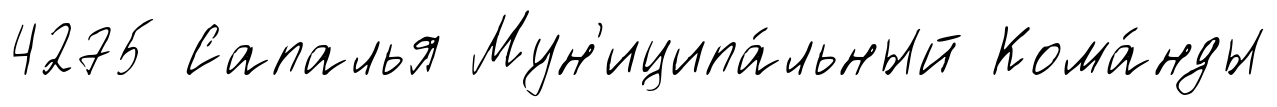
4275 Сапалья Мун'иципа́льный Кома́нды